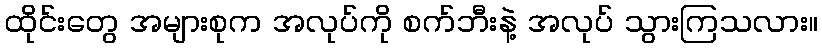
ထိုင်းတွေ အများစုက အလုပ်ကို စက်ဘီးနဲ့ အလုပ် သွားကြသလား။